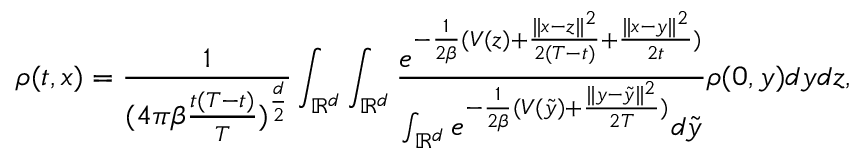
\rho ( t , x ) = \frac { 1 } { { ( 4 \pi \beta \frac { t ( T - t ) } { T } } ) ^ { \frac { d } { 2 } } } \int _ { \mathbb { R } ^ { d } } \int _ { \mathbb { R } ^ { d } } \frac { e ^ { - \frac { 1 } { 2 \beta } ( V ( z ) + \frac { \| x - z \| ^ { 2 } } { 2 ( T - t ) } + \frac { \| x - y \| ^ { 2 } } { 2 t } ) } } { \int _ { \mathbb { R } ^ { d } } e ^ { - \frac { 1 } { 2 \beta } ( V ( \tilde { y } ) + \frac { \| y - \tilde { y } \| ^ { 2 } } { 2 T } ) } d \tilde { y } } \rho ( 0 , y ) d y d z ,